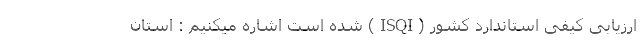
ارزیابی کیفی استاندارد کشور ( ISQI ) شده است اشاره میکنیم : استان